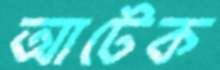
আটেক